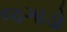
જગાડો